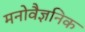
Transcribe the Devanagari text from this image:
मनोवैज्ञनिक